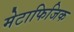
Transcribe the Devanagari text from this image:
मेटाफिजिक